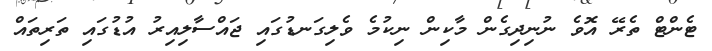
ޓެންޓް ތެރޭ އޮވެ ނުނިދިގެން މާކިން ނިކުމެ ވެލިގަނޑުގައި ޖައްސާލިއިރު އުޑުގައި ތަރިތައް